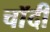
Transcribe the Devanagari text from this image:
चाॅदी